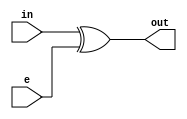
module erro(in,e,out);
parameter n=7;

input [n-1:0]e;
input [n-1:0]in;
output [n-1:0]out;

assign out = in^e;

endmodule